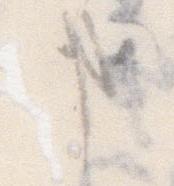
事